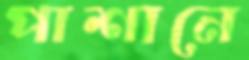
পাশানে